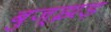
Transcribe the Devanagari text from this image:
बुज्झड़